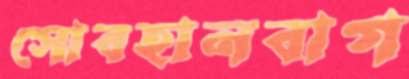
সোবহানবাগ